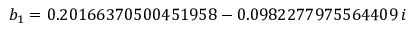
b _ { 1 } = 0 . 2 0 1 6 6 3 7 0 5 0 0 4 5 1 9 5 8 - 0 . 0 9 8 2 2 7 7 9 7 5 5 6 4 4 0 9 \, i